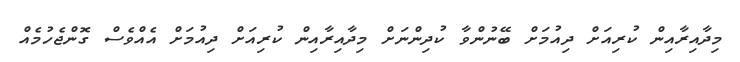
މިދާއިރާއިން ކުރިއަށް ދިއުމަށް ބޭނުންވާ ކުދިންނަށް މިދާއިރާއިން ކުރިއަށް ދިއުމަށް އެއްވެސް ގޮންޖެހުމެއް